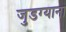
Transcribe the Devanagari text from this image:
जुडग्याना